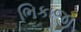
ભિકાજી